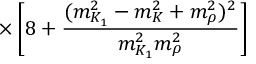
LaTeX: \times \left[ 8 + \frac { ( m _ { K _ { 1 } } ^ { 2 } - m _ { K } ^ { 2 } + m _ { \rho } ^ { 2 } ) ^ { 2 } } { m _ { K _ { 1 } } ^ { 2 } m _ { \rho } ^ { 2 } } \right]